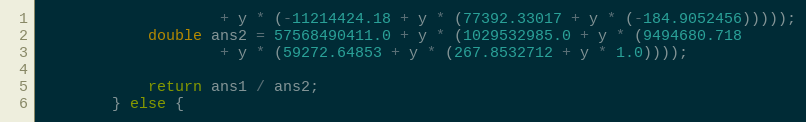
Language: Java
                    + y * (-11214424.18 + y * (77392.33017 + y * (-184.9052456)))));
            double ans2 = 57568490411.0 + y * (1029532985.0 + y * (9494680.718
                    + y * (59272.64853 + y * (267.8532712 + y * 1.0))));

            return ans1 / ans2;
        } else {